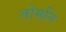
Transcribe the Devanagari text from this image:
तोमनि